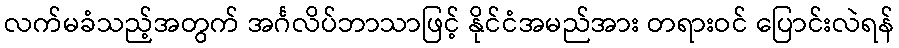
လက်မခံသည့်အတွက် အင်္ဂလိပ်ဘာသာဖြင့် နိုင်ငံအမည်အား တရားဝင် ပြောင်းလဲရန်